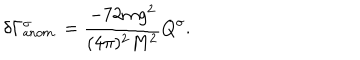
\delta \Gamma _ { \sf { a n o m . } } ^ { \sigma } = \frac { - 7 2 m g ^ { 2 } } { ( 4 \pi ) ^ { 2 } M ^ { 2 } } Q ^ { \sigma } .